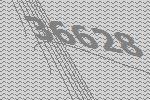
36628